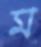
ম